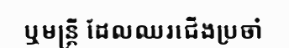
ឬមន្ត្រី ដែលឈរជើងប្រចាំ